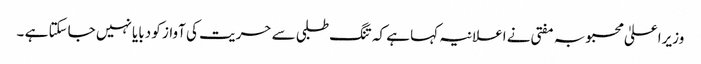
وزیراعلیٰ محبوبہ مفتی نے اعلانیہ کہا ہے کہ تنگ طلبی سے حریت کی آواز کو دبایا نہیں جاسکتا ہے ۔